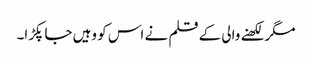
مگر لکھنے والی کے قلم نے اس کو وہیں جا پکڑا۔